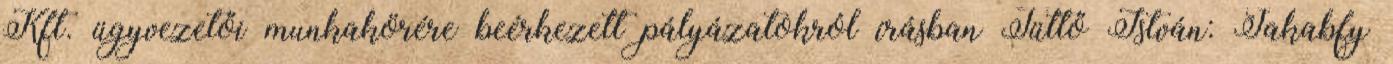
Kft. ügyvezetői munkakörére beérkezett pályázatokról írásban Tüttő István: Jakabfy